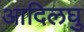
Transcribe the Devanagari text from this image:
आदिलघु